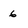
Character: 6